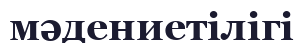
мәдениетілігі